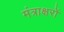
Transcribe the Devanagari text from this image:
मंत्राक्षरों